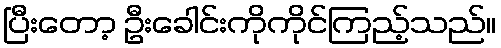
ပြီးတော့ ဦးခေါင်းကိုကိုင်ကြည့်သည်။